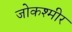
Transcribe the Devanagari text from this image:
जोकश्मीर